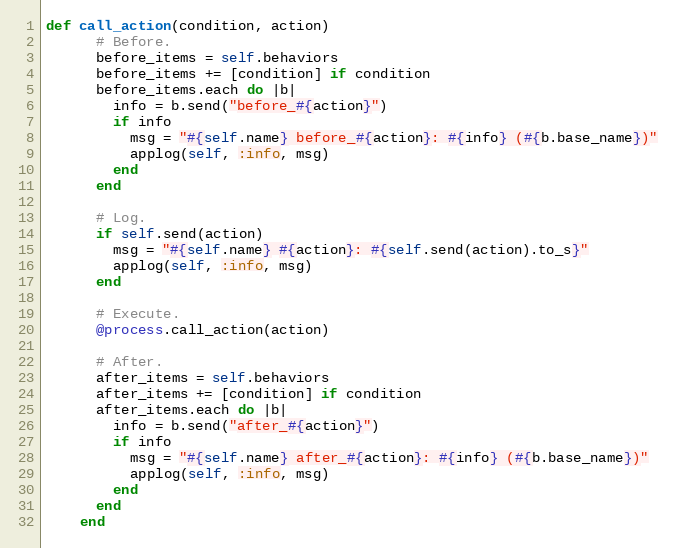
Language: Ruby
def call_action(condition, action)
      # Before.
      before_items = self.behaviors
      before_items += [condition] if condition
      before_items.each do |b|
        info = b.send("before_#{action}")
        if info
          msg = "#{self.name} before_#{action}: #{info} (#{b.base_name})"
          applog(self, :info, msg)
        end
      end

      # Log.
      if self.send(action)
        msg = "#{self.name} #{action}: #{self.send(action).to_s}"
        applog(self, :info, msg)
      end

      # Execute.
      @process.call_action(action)

      # After.
      after_items = self.behaviors
      after_items += [condition] if condition
      after_items.each do |b|
        info = b.send("after_#{action}")
        if info
          msg = "#{self.name} after_#{action}: #{info} (#{b.base_name})"
          applog(self, :info, msg)
        end
      end
    end